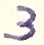
Text: 3